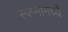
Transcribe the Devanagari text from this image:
स्वप्नामध्ये